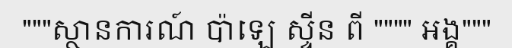
"""ស្ថានការណ៍ ប៉ាឡេ ស្ទីន ពី """" អង្គ"""